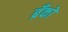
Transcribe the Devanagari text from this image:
ब्रँको